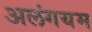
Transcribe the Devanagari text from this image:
अलंगयम